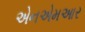
એનએમઆર